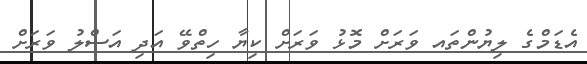
އެޑަމްގެ ލިޔުންތައ ވަރަށް މޮޅު ވަރަށް ކިޔާ ހިތްވޭ އަދި އަސްލު ވަރަށް